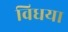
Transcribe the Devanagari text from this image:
विधया